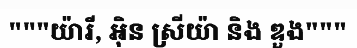
"""យ៉ារី, អ៊ិន ស្រីយ៉ា និង ឌួង"""